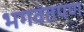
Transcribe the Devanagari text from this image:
भगवंतपण